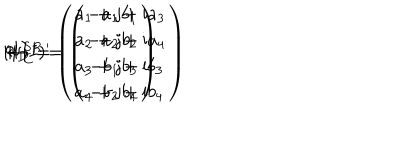
( I I I ) ^ { \prime } \hspace { 7 m m } \Psi _ { \bf D } = \left( \begin{array} { c } { { a _ { 1 } + \mathrm { j } b _ { 1 } } } \\ { { a _ { 2 } + \mathrm { j } b _ { 2 } } } \\ { { a _ { 3 } + \mathrm { j } b _ { 3 } } } \\ { { a _ { 4 } + \mathrm { j } b _ { 4 } } } \\ \end{array} \right) \hspace { 5 m m } \leftrightarrow \hspace { 5 m m } \Psi _ { \bf C } ^ { S R } = \left( \begin{array} { c } { { - a _ { 1 } + \mathrm { i } a _ { 3 } } } \\ { { - a _ { 2 } + \mathrm { i } a _ { 4 } } } \\ { { - b _ { 1 } + \mathrm { i } b _ { 3 } } } \\ { { - b _ { 2 } + \mathrm { i } b _ { 4 } } } \\ \end{array} \right)